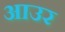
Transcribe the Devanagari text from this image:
आउर